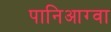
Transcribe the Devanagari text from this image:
पानिआग्वा